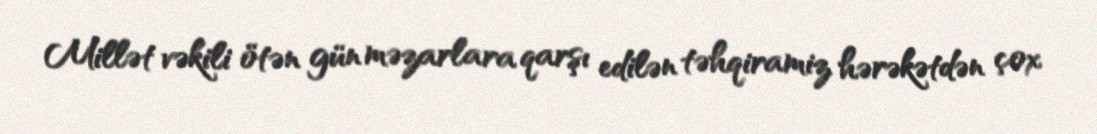
Millət vəkili ötən gün məzarlara qarşı edilən təhqiramiz hərəkətdən çox